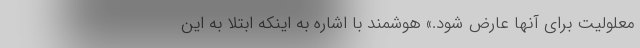
معلولیت برای آنها عارض شود.» هوشمند با اشاره به اینکه ابتلا به این